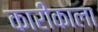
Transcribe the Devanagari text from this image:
कारीकाला